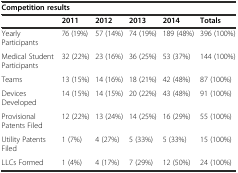
<table><thead><tr><td colspan="6"><b>Competition results</b></td></tr><tr><td></td><td><b>2011</b></td><td><b>2012</b></td><td><b>2013</b></td><td><b>2014</b></td><td><b>Totals</b></td></tr></thead><tbody><tr><td>Yearly Participants</td><td>76 (19%)</td><td>57 (14%)</td><td>74 (19%)</td><td>189 (48%)</td><td>396 (100%)</td></tr><tr><td>Medical Student Participants</td><td>32 (22%)</td><td>23 (16%)</td><td>36 (25%)</td><td>53 (37%)</td><td>144 (100%)</td></tr><tr><td>Teams</td><td>13 (15%)</td><td>14 (16%)</td><td>18 (21%)</td><td>42 (48%)</td><td>87 (100%)</td></tr><tr><td>Devices Developed</td><td>14 (15%)</td><td>14 (15%)</td><td>20 (22%)</td><td>43 (48%)</td><td>91 (100%)</td></tr><tr><td>Provisional Patents Filed</td><td>12 (22%)</td><td>13 (24%)</td><td>14 (25%)</td><td>16 (29%)</td><td>55 (100%)</td></tr><tr><td>Utility Patents Filed</td><td>1 (7%)</td><td>4 (27%)</td><td>5 (33%)</td><td>5 (33%)</td><td>15 (100%)</td></tr><tr><td>LLCs Formed</td><td>1 (4%)</td><td>4 (17%)</td><td>7 (29%)</td><td>12 (50%)</td><td>24 (100%)</td></tr></tbody></table>